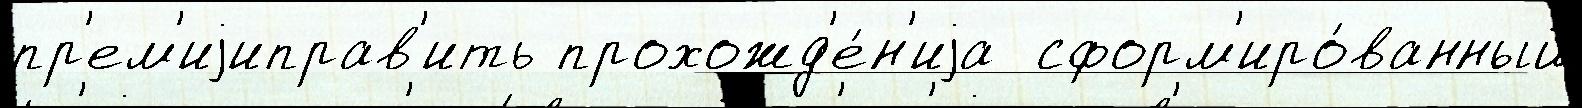
пр'ем'иjиправ'ить прохожд'е́н'иjа  сформ'иро́ванный